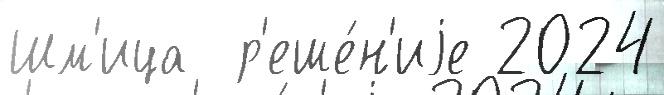
Шм'ица  р'еше́н'иjе 2024